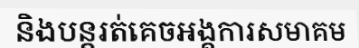
និងបន្តរត់គេចអង្គការសមាគម